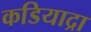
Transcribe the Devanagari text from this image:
कडियाद्रा